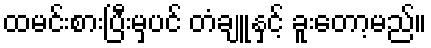
ထမင်းစားပြီးမှပင် တံချူနှင့် ခူးတော့မည်။